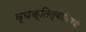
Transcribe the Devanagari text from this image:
व्यक्तित्वाविषयी